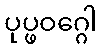
ပုပ္ဖဝဂ္ဂေါ